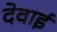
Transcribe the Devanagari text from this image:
देवाई